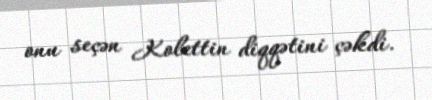
onu seçən Kolettin diqqətini çəkdi.